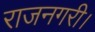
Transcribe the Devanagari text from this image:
राजनगरी।